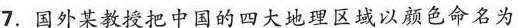
7.国外某教授把中国的四大地理区域以颜色命名为